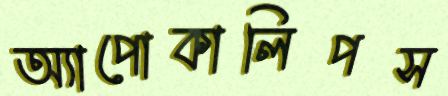
অ্যাপোকালিপস